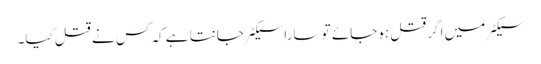
سیکٹر میں اگر قتل ہوجائے تو سارا سیکٹر جانتا ہے کہ کس نے قتل کیا۔